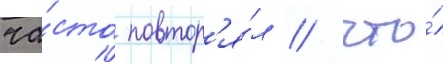
ча́сто повтор'я́л / что́